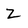
Character: Z